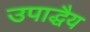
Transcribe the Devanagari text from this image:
उपाद्धैय